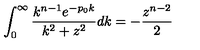
\int _ { 0 } ^ { \infty } \frac { k ^ { n - 1 } e ^ { - p _ { 0 } k } } { k ^ { 2 } + z ^ { 2 } } d k = - \frac { z ^ { n - 2 } } { 2 }